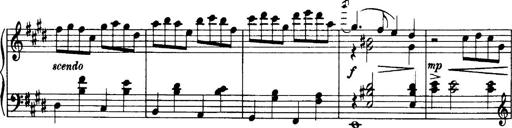
Title: 3 Sonatinas, Op.67
Composer: Jean Sibelius